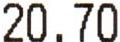
20.70